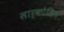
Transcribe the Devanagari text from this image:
सार्कोडिन